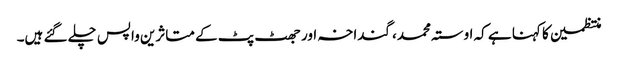
منتظمین کا کہنا ہے کہ اوستہ محمد، گنداخہ اور جھٹ پٹ کے متاثرین واپس چلے گئے ہیں۔